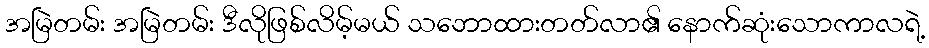
အမြဲတမ်း အမြဲတမ်း ဒီလိုဖြစ်လိမ့်မယ် သဘောထားတတ်လာ၏ နောက်ဆုံးသောကာလရဲ့